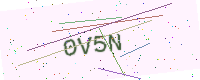
Text: 0V5N